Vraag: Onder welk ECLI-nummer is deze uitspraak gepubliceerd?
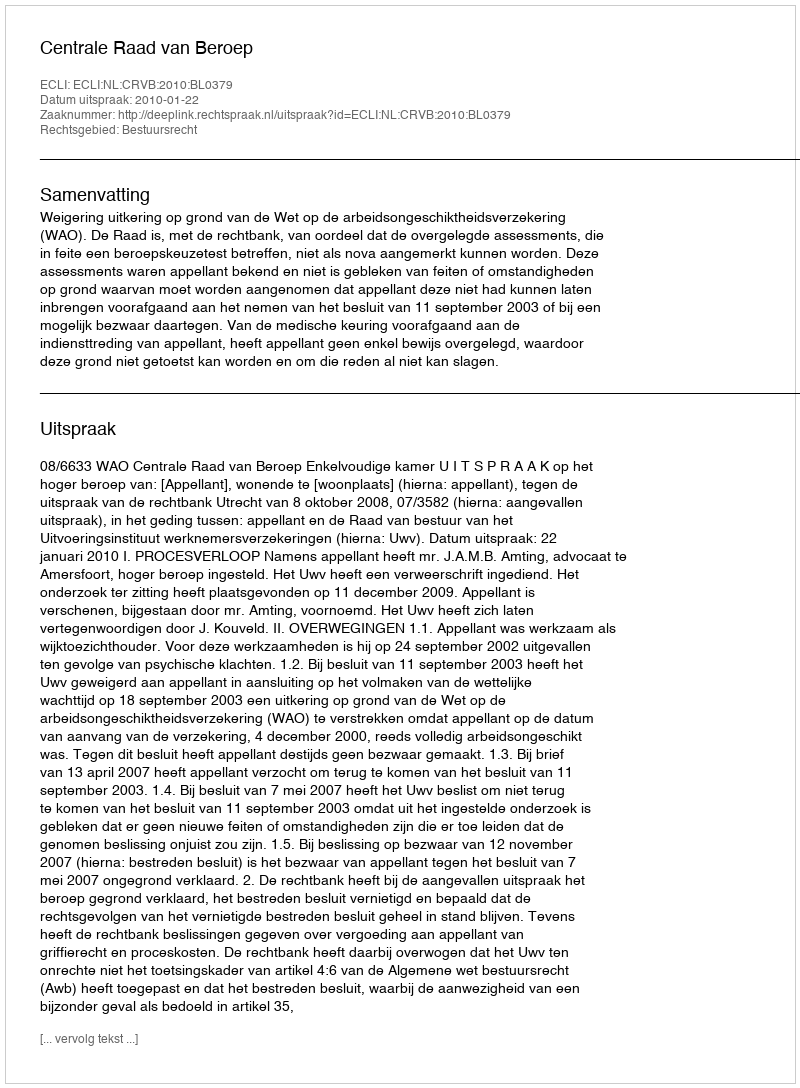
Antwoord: ECLI:NL:CRVB:2010:BL0379